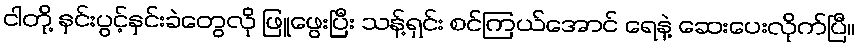
ငါတို့ နှင်းပွင့်နှင်းခဲတွေလို ဖြူဖွေးပြီး သန့်ရှင်း စင်ကြယ်အောင် ရေနဲ့ ဆေးပေးလိုက်ပြီ။